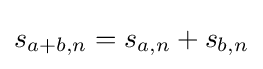
s_{a+b,n}=s_{a,n}+s_{b,n}